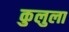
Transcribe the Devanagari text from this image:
कुलुला